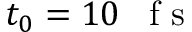
t _ { 0 } = 1 0 \mathrm { ~ \, ~ f ~ s ~ }